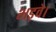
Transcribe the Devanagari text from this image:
भड़वे।